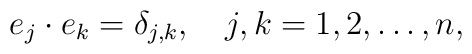
e_{j}\cdot e_{k}=\delta _{j,k},\quad j,k=1,2,\ldots ,n,